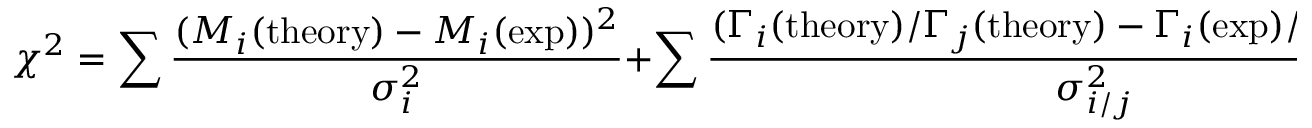
\chi ^ { 2 } = \sum \frac { ( M _ { i } ( \mathrm { t h e o r y } ) - M _ { i } ( \mathrm { e x p } ) ) ^ { 2 } } { \sigma _ { i } ^ { 2 } } + \sum \frac { ( \Gamma _ { i } ( \mathrm { t h e o r y } ) / \Gamma _ { j } ( \mathrm { t h e o r y } ) - \Gamma _ { i } ( \mathrm { e x p } ) / \Gamma _ { j } ( \mathrm { e x p } ) ) ^ { 2 } } { \sigma _ { i / j } ^ { 2 } } .